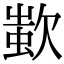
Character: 𣣷